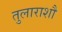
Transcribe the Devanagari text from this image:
तुलाराशौ